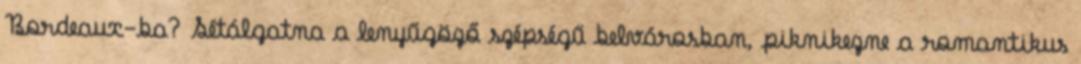
Bordeaux-ba? Sétálgatna a lenyűgöző szépségű belvárosban, piknikezne a romantikus